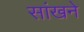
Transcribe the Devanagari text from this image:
सांखने